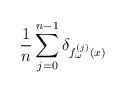
\begin{align*} \frac{1}{n} \sum _{j=0} ^{n-1} \delta _{f^{(j)} _ \omega (x)}\end{align*}